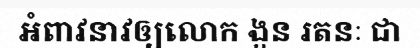
អំពាវនាវឲ្យលោក ងួន រតនៈ ជា